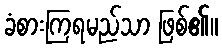
ခံစားကြရမည်သာ ဖြစ်၏။